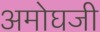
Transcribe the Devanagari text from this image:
अमोघजी